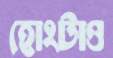
হোংটাও